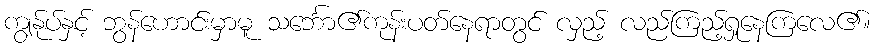
ကျွန်ုပ်နှင့် ဘွန်ဟောင်းမှာမူ သင်္ဘော၏ကုန်းပတ်နေရာတွင် လှည့် လည်ကြည့်ရှုနေကြလေ၏။